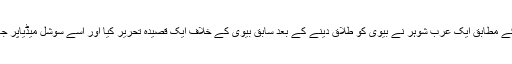
تفصیلات کے مطابق ایک عرب شوہر نے بیوی کو طلاق دینے کے بعد سابق بیوی کے خلاف ایک قصیدہ تحریر کیا اور اسے سوشل میڈیاپر جاری کردیا۔